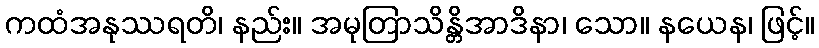
ကထံအနုဿရတိ၊ နည်း။ အမုတြာသိန္တိအာဒိနာ၊ သော။ နယေန၊ ဖြင့်။